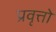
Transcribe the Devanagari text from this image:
प्रवृत्तो